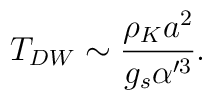
T_{DW} \sim \frac{\rho_K a^2}{g_s\alpha'^3}.